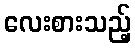
လေးစားသည့်